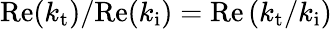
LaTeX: \mathrm{Re}(k_{\mathrm{t}})/\mathrm{Re}(k_{\mathrm{i}})=\mathrm{Re}\left(k_{\mathrm{t}}/k_{\mathrm{i}}\right)